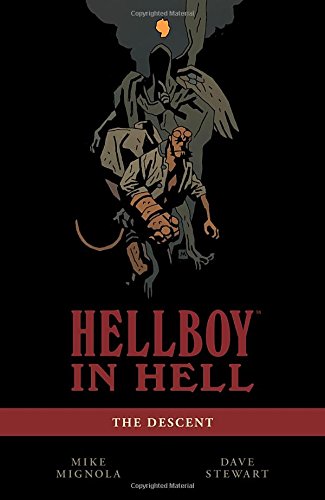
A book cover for Hellboy in Hell Volume 1: The Descent; Mike Mignola; Comics & Graphic Novels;